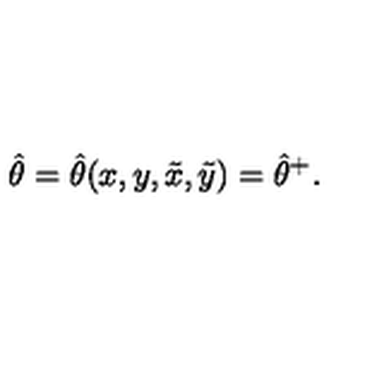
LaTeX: \hat { \theta } = \hat { \theta } ( x , y , \tilde { x } , \tilde { y } ) = \hat { \theta } ^ { + } .